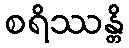
စရိဿန္တိ